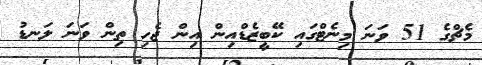
މެޗްގެ 51 ވަނަ މިނެޓްގައި ކޭބީޒެޑްއިން އިން ޖެހި ތިން ވަނަ ލަނޑު